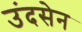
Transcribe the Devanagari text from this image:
उंदसेन